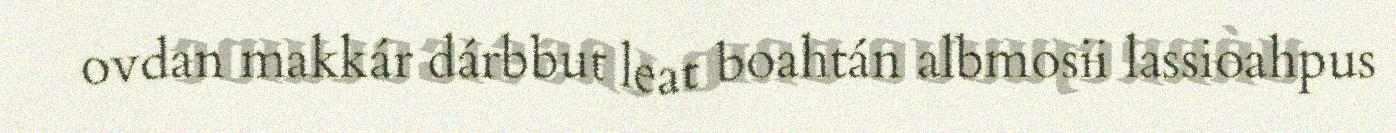
ovdan makkár dárbbut leat boahtán albmosii lassioahpus